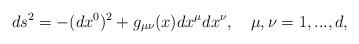
LaTeX: \begin{align*}ds^2=-(dx^0)^2+g_{\mu\nu}(x)dx^\mu dx^\nu, \quad \mu,\nu=1,...,d,\end{align*}